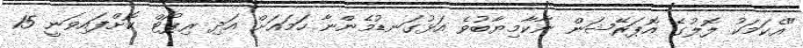
"އެކަމަކު ލޮލުގެ އޮޕަރޭޝަން ނާކާމިޔާބުވެ އަޅުގަނޑުމެންނާ ހަމައަށް އަދި ރިޕޯޓް ކޮށްފައިވަނީ 15